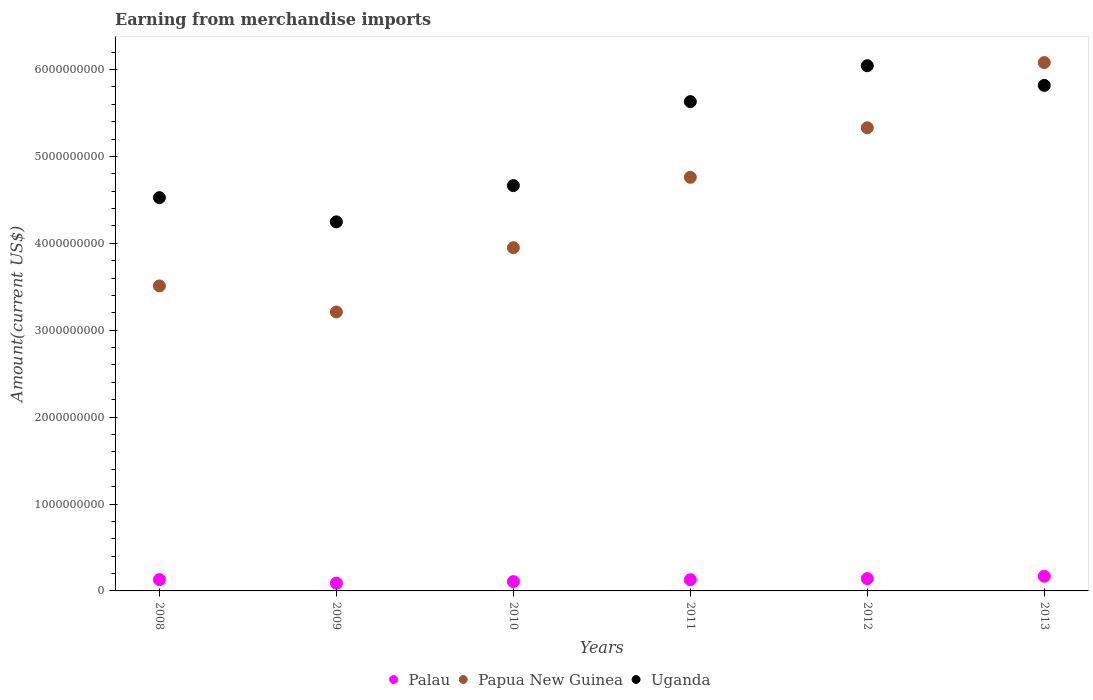
| Years | Palau | Papua New Guinea | Uganda |
 | --- | --- | --- | --- |
 | 2008 | 1.3e+08 | 3.51e+09 | 4.53e+09 |
 | 2009 | 8.99e+07 | 3.21e+09 | 4.25e+09 |
 | 2010 | 1.07e+08 | 3.95e+09 | 4.66e+09 |
 | 2011 | 1.29e+08 | 4.76e+09 | 5.63e+09 |
 | 2012 | 1.42e+08 | 5.33e+09 | 6.04e+09 |
 | 2013 | 1.69e+08 | 6.08e+09 | 5.82e+09 |